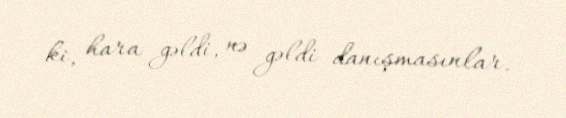
ki, hara gəldi, nə gəldi danışmasınlar.